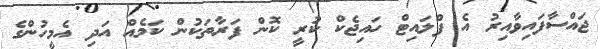
ޖައްސާފައިވާއިރު އެ ފްލައިޓް ހައިޖެކް ކުރީ ކޮން ފަރާތަކުން ކަމެއް އަދި އެމީހުންގެ